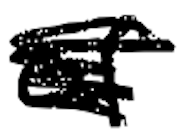
Text: of
Cross-out: scratch
Writing tool: digital_black